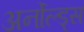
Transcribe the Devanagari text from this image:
अर्नोल्ड्स